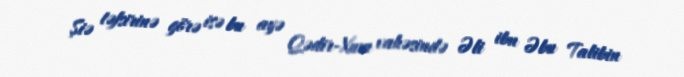
Şiə təfsirinə görə isə bu ayə Qədir-Xum vahəsində Əli ibn Əbu Talibin